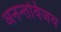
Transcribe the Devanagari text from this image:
अनन्तविजय